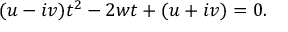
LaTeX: ( u - i v ) t ^ { 2 } - 2 w t + ( u + i v ) = 0 .